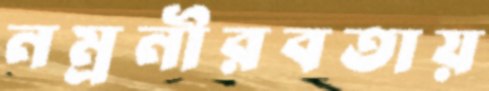
নম্রনীরবতায়